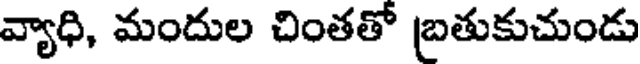
వ్యాధి, మందుల చింతతో బ్రతుకుచుండు